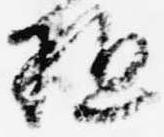
駈